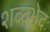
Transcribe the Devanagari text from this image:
शब्दभेदः